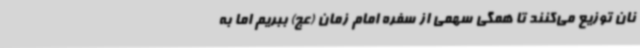
نان توزیع می‌کنند تا همگی سهمی از سفره امام زمان (عج) ببریم اما به